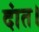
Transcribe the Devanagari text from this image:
दांत।